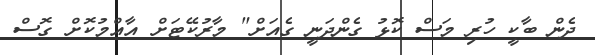
ދެން ބާކީ ހުރި މަސް ކޮޅު ގެންދަނީ ގެއަށް" މާރުކޭޓަށް އާއްމުކޮށް ގޮސް